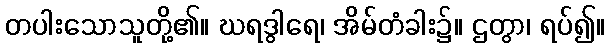
တပါးသောသူတို့၏။ ဃရဒွါရေ၊ အိမ်တံခါး၌။ ဌတွာ၊ ရပ်၍။